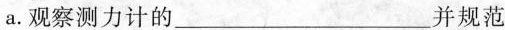
a.观察测力计的___并规范